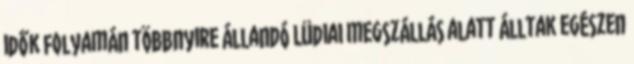
idők folyamán többnyire állandó Lüdiai megszállás alatt álltak egészen